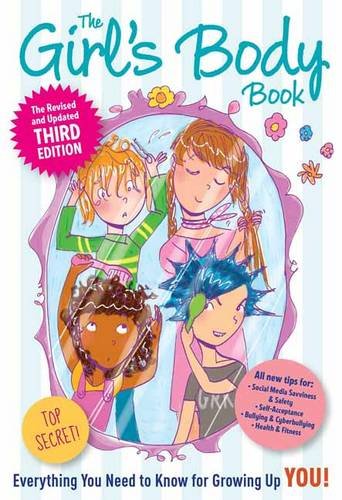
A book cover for The Girl's Body Book: Third Edition: Everything You Need to Know for Growing Up YOU; Kelli Dunham RN  BSN; Teen & Young Adult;